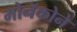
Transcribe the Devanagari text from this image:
मोनॅकोने